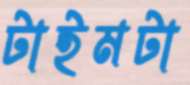
টাইমটা